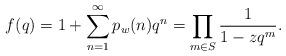
LaTeX: \begin{align*}f(q)=1+ \sum_{n=1}^\infty p_w(n)q^n = \prod_{m\in S} \frac{1}{1-z q^m}. \end{align*}